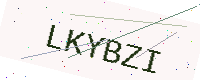
Text: LKYBZI